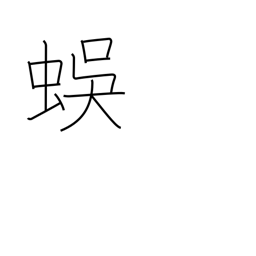
Meaning: centipede